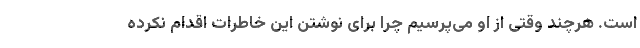
است. هرچند وقتی از او می‌پرسیم چرا برای نوشتن این خاطرات اقدام نکرده